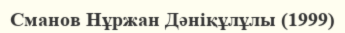
Сманов Нұржан Дәніқұлұлы (1999)